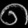
Digit: ၈